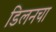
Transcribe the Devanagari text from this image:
डिलनचा